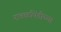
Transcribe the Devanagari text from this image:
रावळपिंडीच्या